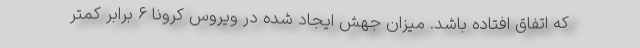
که اتفاق افتاده باشد. میزان جهش ایجاد شده در ویروس کرونا ۶ برابر کمتر